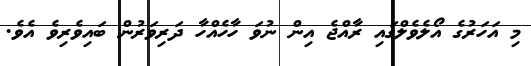
މި އަހަރުގެ އޯލެވެލްގައި ރާއްޖެ އިން ނުވަ ހާހެއްހާ ދަރިވަރުން ބައިވެރިވެ އެވެ.